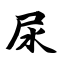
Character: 尿